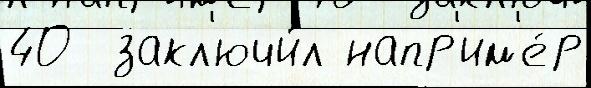
40  закл'ючи́л напр'им'е́р